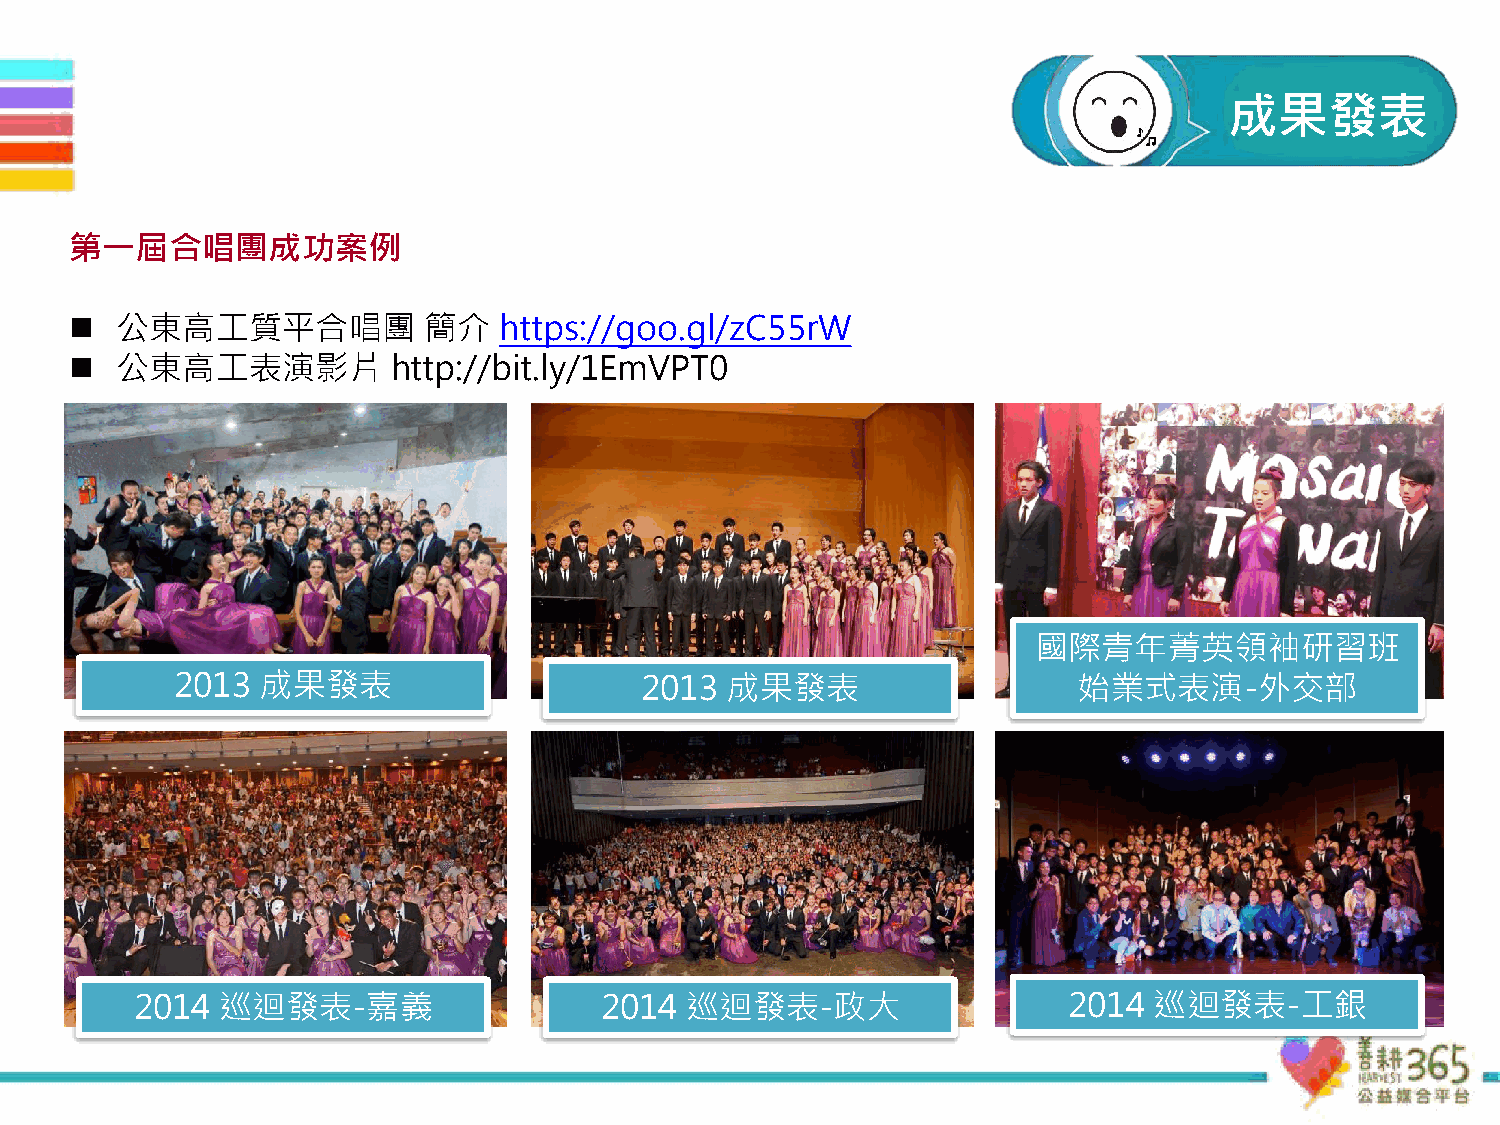
計計成劃劃果理理發念念表
 計計劃劃理理念念
 第一屆合唱團成功案例
 ◼  公東高工質平合唱團           簡介   https://goo.gl/zC55rW
 ◼  公東高工表演影片          http://bit.ly/1EmVPT0
 國際青年菁英領袖研習班
 2013 成果發表                     2013  成果發表                   始業式表演-外交部
 2014  巡迴發表-嘉義                  2014 巡迴發表-政大                   2014 巡迴發表-工銀